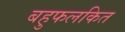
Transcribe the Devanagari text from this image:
बहुफलकित